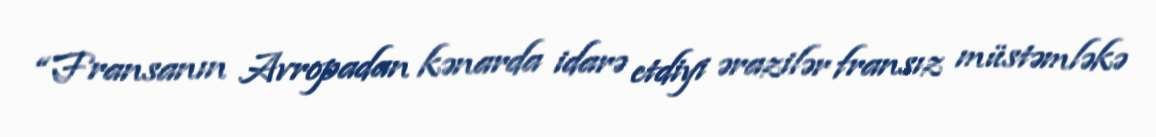
“Fransanın Avropadan kənarda idarə etdiyi ərazilər fransız müstəmləkə